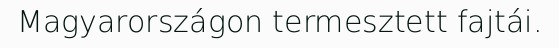
Magyarországon termesztett fajtái.